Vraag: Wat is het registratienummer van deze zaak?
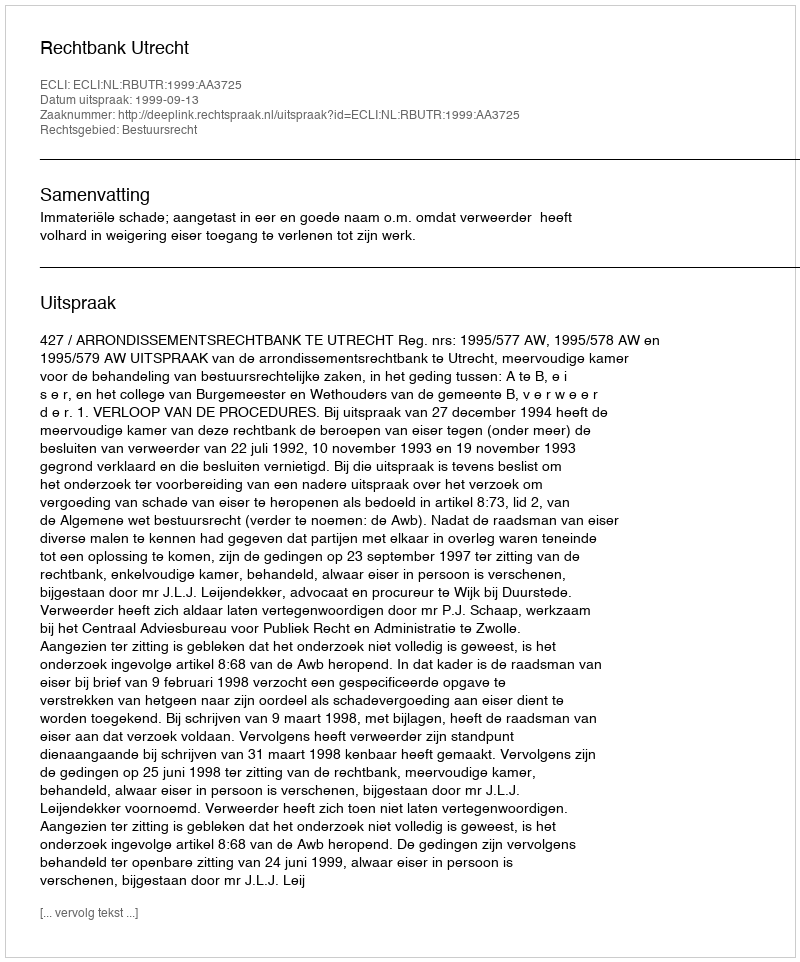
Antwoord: http://deeplink.rechtspraak.nl/uitspraak?id=ECLI:NL:RBUTR:1999:AA3725